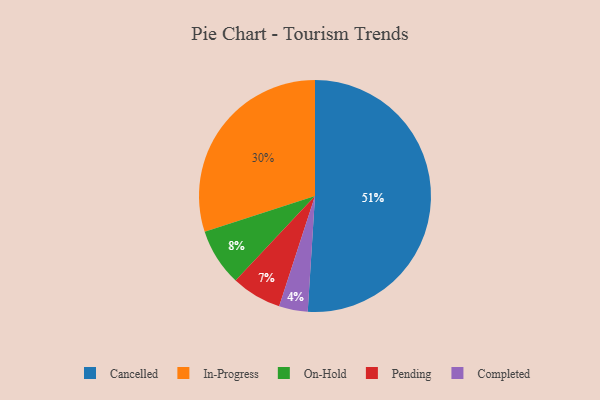
{"axis": {"x": "Category", "y": "Percentage"}, "legend": ["Cancelled", "Completed", "In-Progress", "On-Hold", "Pending"], "data": [{"x": "Completed", "y": 4, "type": "Completed"}, {"x": "In-Progress", "y": 30, "type": "In-Progress"}, {"x": "Cancelled", "y": 51, "type": "Cancelled"}, {"x": "Pending", "y": 7, "type": "Pending"}, {"x": "On-Hold", "y": 8, "type": "On-Hold"}]}